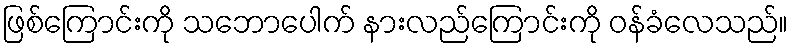
ဖြစ်ကြောင်းကို သဘောပေါက် နားလည်ကြောင်းကို ဝန်ခံလေသည်။